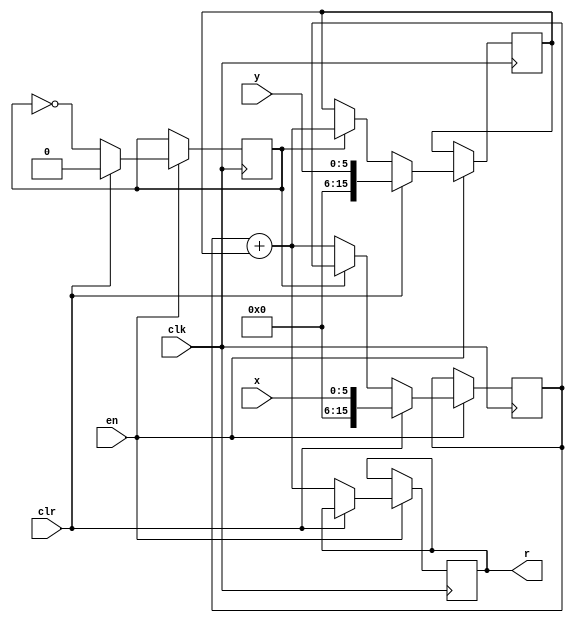
`timescale 1ns / 1ps
//////////////////////////////////////////////////////////////////////////////////
// Company: 
// Engineer: 
// 
// Design Name: 
// Module Name: fla
// Project Name: 
// Target Devices: 
// Tool Versions: 
// Description: 
// 
// Dependencies: 
// 
// Revision:
// Revision 0.01 - File Created
// Additional Comments:
// 
//////////////////////////////////////////////////////////////////////////////////


module fla(
    input clk,
    input [5:0]x,
    input [5:0]y,
    input clr,
    input en,
    output reg [15:0]r
    );
    reg t;
    reg [15:0]r1;
    reg [15:0]r2;
    always@(posedge clk)
    begin
        if(en)
        begin
            if(clr)
            begin
                t=0;
                r1=x;
                r2=y;
            end
            else
            begin
                if(~t)begin r1=r1+r2; r=r1; t=~t; end
                else  begin r2=r1+r2; r=r2; t=~t; end
            end
        end
    end
    
endmodule